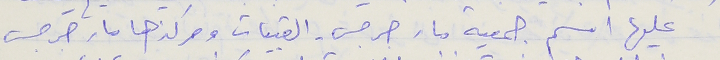
عليها اسم جمعية مار جرجس - القبيات ومركزها مار جرجس